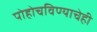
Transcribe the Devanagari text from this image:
पोहोचविण्याचेही